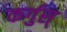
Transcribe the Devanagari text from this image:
कर्गुस्